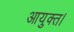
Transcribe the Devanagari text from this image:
आयुक्त।